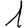
Digit: 1